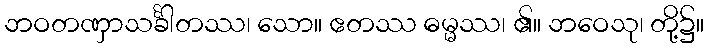
ဘဝတဏှာသင်္ခါတဿ၊ သော။ ဧတဿ ဓမ္မဿ၊ ၏။ ဘဝေသု၊ တို့၌။